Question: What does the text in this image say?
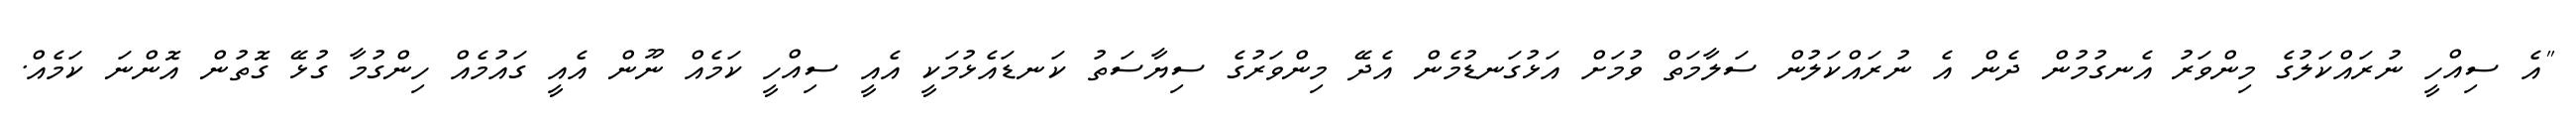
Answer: "އެ ސިއްހީ ނުރައްކަލުގެ މިންވަރު އެނގުމުން ދެން އެ ނުރައްކަލުން ސަލާމަތް ވުމަށް އަޅުގަނޑުމެން އެދޭ މިންވަރުގެ ސިޔާސަތު ކަނޑައެޅުމަކީ އެއީ ސިއްހީ ކަމެއް ނޫން އެއީ ގައުމެއް ހިންގުމާ ގުޅޭ ގޮތުން އޮންނަ ކަމެއް.